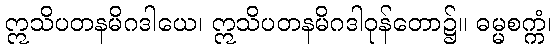
ဣသိပတနမိဂဒါယေ၊ ဣသိပတနမိဂဒါဝုန်တော၌။ ဓမ္မစက္ကံ၊